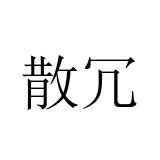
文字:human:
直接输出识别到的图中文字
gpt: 散冗